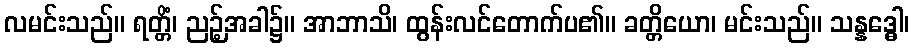
လမင်းသည်။ ရတ္တိံ၊ ညဉ့်အခါ၌။ အာဘာသိ၊ ထွန်းလင်တောက်ပ၏။ ခတ္တိယော၊ မင်းသည်။ သန္နဒ္ဓေါ၊